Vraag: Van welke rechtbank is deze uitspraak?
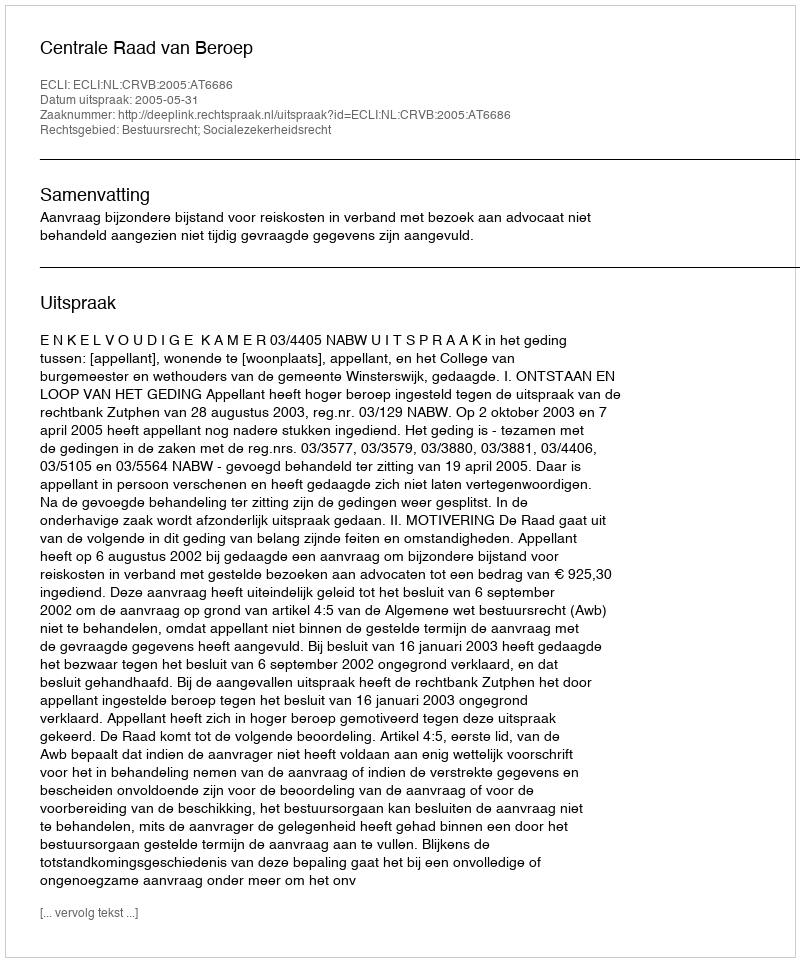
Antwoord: Centrale Raad van Beroep